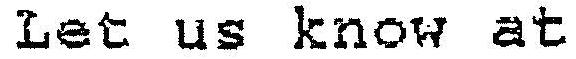
LET US KNOW AT